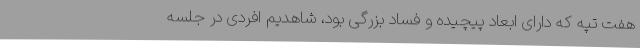
هفت تپه که دارای ابعاد پیچیده و فساد بزرگی بود، شاهدیم افردی در جلسه